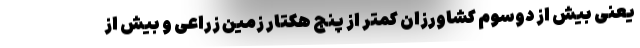
یعنی بیش از دوسوم کشاورزان کمتر از پنج هکتار زمین زراعی و بیش از